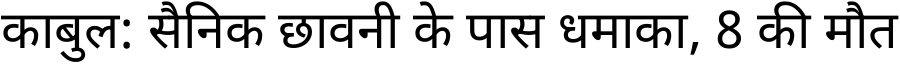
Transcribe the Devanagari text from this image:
काबुल: सैनिक छावनी के पास धमाका, 8 की मौत